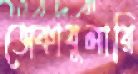
ভোকাবুলারি